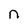
Character: n